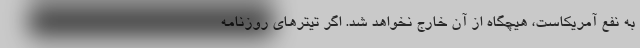
به نفع آمریکاست، هیچگاه از آن خارج نخواهد شد. اگر تیترهای روزنامه